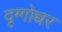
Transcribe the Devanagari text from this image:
दृग्गोच्चर